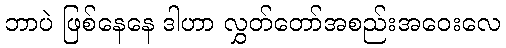
ဘာပဲ ဖြစ်နေနေ ဒါဟာ လွှတ်တော်အစည်းအဝေးလေ